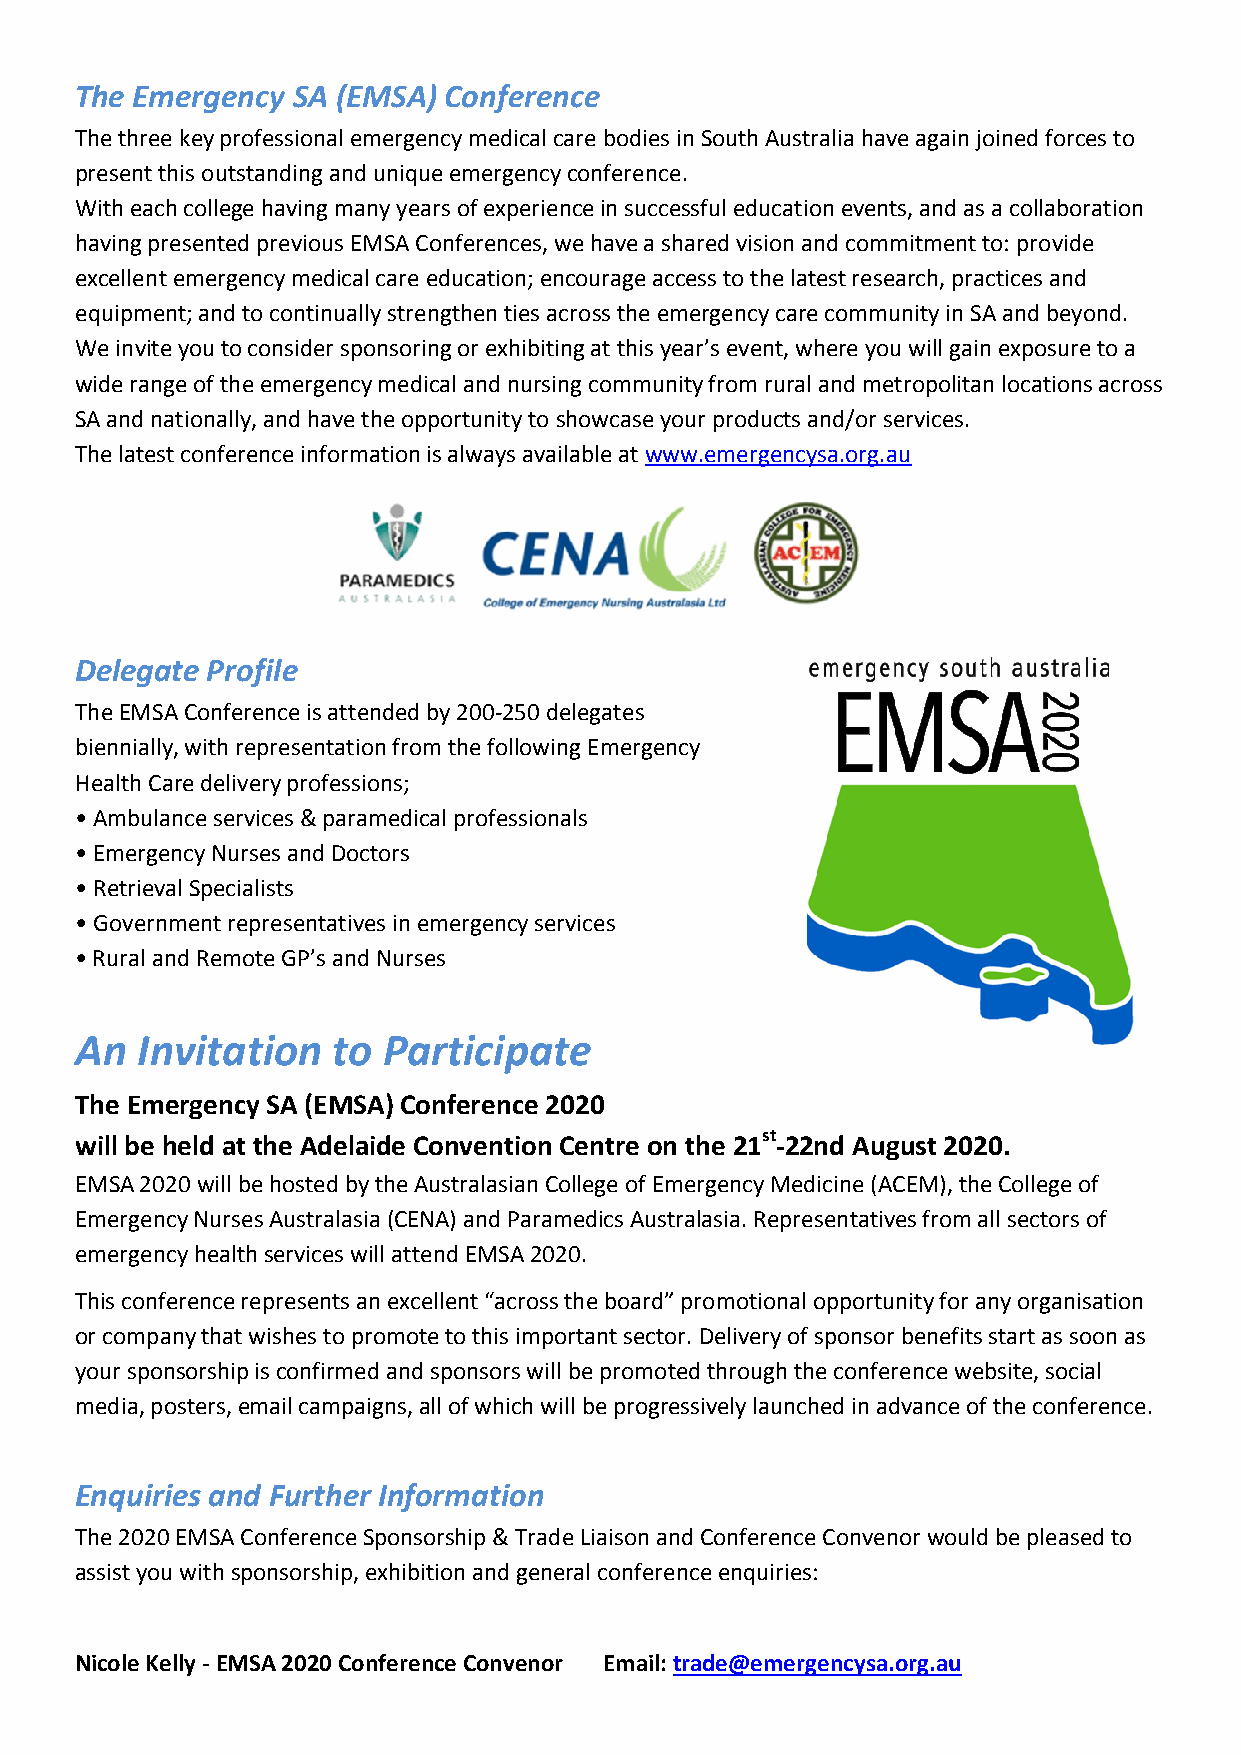
The Emergency SA (EMSA) Conference
 The three key professional emergency medical care bodies in South Australia have again joined forces to
 present this outstanding and unique emergency conference.
 With each college having many years of experience in successful education events, and as a collaboration
 having presented previous EMSA Conferences, we have a shared vision and commitment to: provide
 excellent emergency medical care education; encourage access to the latest research, practices and
 equipment; and to continually strengthen ties across the emergency care community in SA and beyond.
 We invite you to consider sponsoring or exhibiting at this year’s event, where you will gain exposure to a
 wide range of the emergency medical and nursing community from rural and metropolitan locations across
 SA and nationally, and have the opportunity to showcase your products and/or services.
 The latest conference information is always available at www.emergencysa.org.au
 Delegate Profile
 The EMSA Conference is attended by 200-250 delegates
 biennially, with representation from the following Emergency
 Health Care delivery professions;
 • Ambulance services & paramedical professionals
 • Emergency Nurses and Doctors
 • Retrieval Specialists
 • Government representatives in emergency services
 • Rural and Remote GP’s and Nurses
 An  Invitation   to Participate
 The Emergency SA (EMSA) Conference 2020
 will be held at the Adelaide Convention Centre on the 21st-22nd August 2020.
 EMSA 2020 will be hosted by the Australasian College of Emergency Medicine (ACEM), the College of
 Emergency Nurses Australasia (CENA) and Paramedics Australasia. Representatives from all sectors of
 emergency health services will attend EMSA 2020.
 This conference represents an excellent “across the board” promotional opportunity for any organisation
 or company that wishes to promote to this important sector. Delivery of sponsor benefits start as soon as
 your sponsorship is confirmed and sponsors will be promoted through the conference website, social
 media, posters, email campaigns, all of which will be progressively launched in advance of the conference.
 Enquiries and Further Information
 The 2020 EMSA Conference Sponsorship & Trade Liaison and Conference Convenor would be pleased to
 assist you with sponsorship, exhibition and general conference enquiries:
 Nicole Kelly - EMSA 2020 Conference Convenor Email: trade@emergencysa.org.au